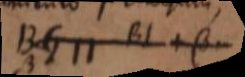
BG ⊓ BL + β